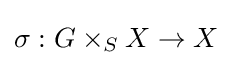
\sigma :G\times _{S}X\to X